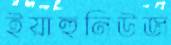
ইয়াহুনিউজ